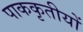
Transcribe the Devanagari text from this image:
पाककृतीयों